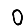
Digit: 0